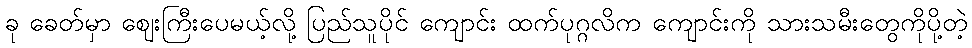
ခု ခေတ်မှာ ဈေးကြီးပေမယ့်လို့ ပြည်သူပိုင် ကျောင်း ထက်ပုဂ္ဂလိက ကျောင်းကို သားသမီးတွေကိုပို့တဲ့